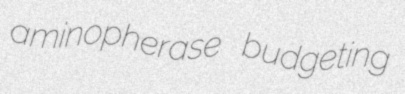
aminopherase budgeting